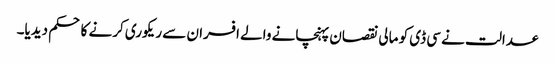
عدالت نے سی ڈی کو مالی نقصان پہنچانے والے افسران سے ریکوری کرنے کا حکم دیدیا۔